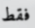
فقط